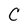
Character: C